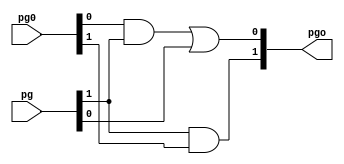
`timescale 1ns / 1ps
//////////////////////////////////////////////////////////////////////////////////
// Company: 
// Engineer: 
// 
// Design Name: 
// Module Name:    BlackCell 
// Project Name: 
// Target Devices: 
// Tool versions: 
// Description: 
//
// Dependencies: 
//
// Revision: 
// Revision 0.01 - File Created
// Additional Comments: 
//
//////////////////////////////////////////////////////////////////////////////////
module BlackCell(input [1:0] pg, pg0, output [1:0] pgo);
  
wire and1out;    
and and1(and1out, pg0[0], pg[1]);
or or1(pgo[0], and1out, pg[0]);
and and2(pgo[1], pg[1], pg0[1]);
  
endmodule